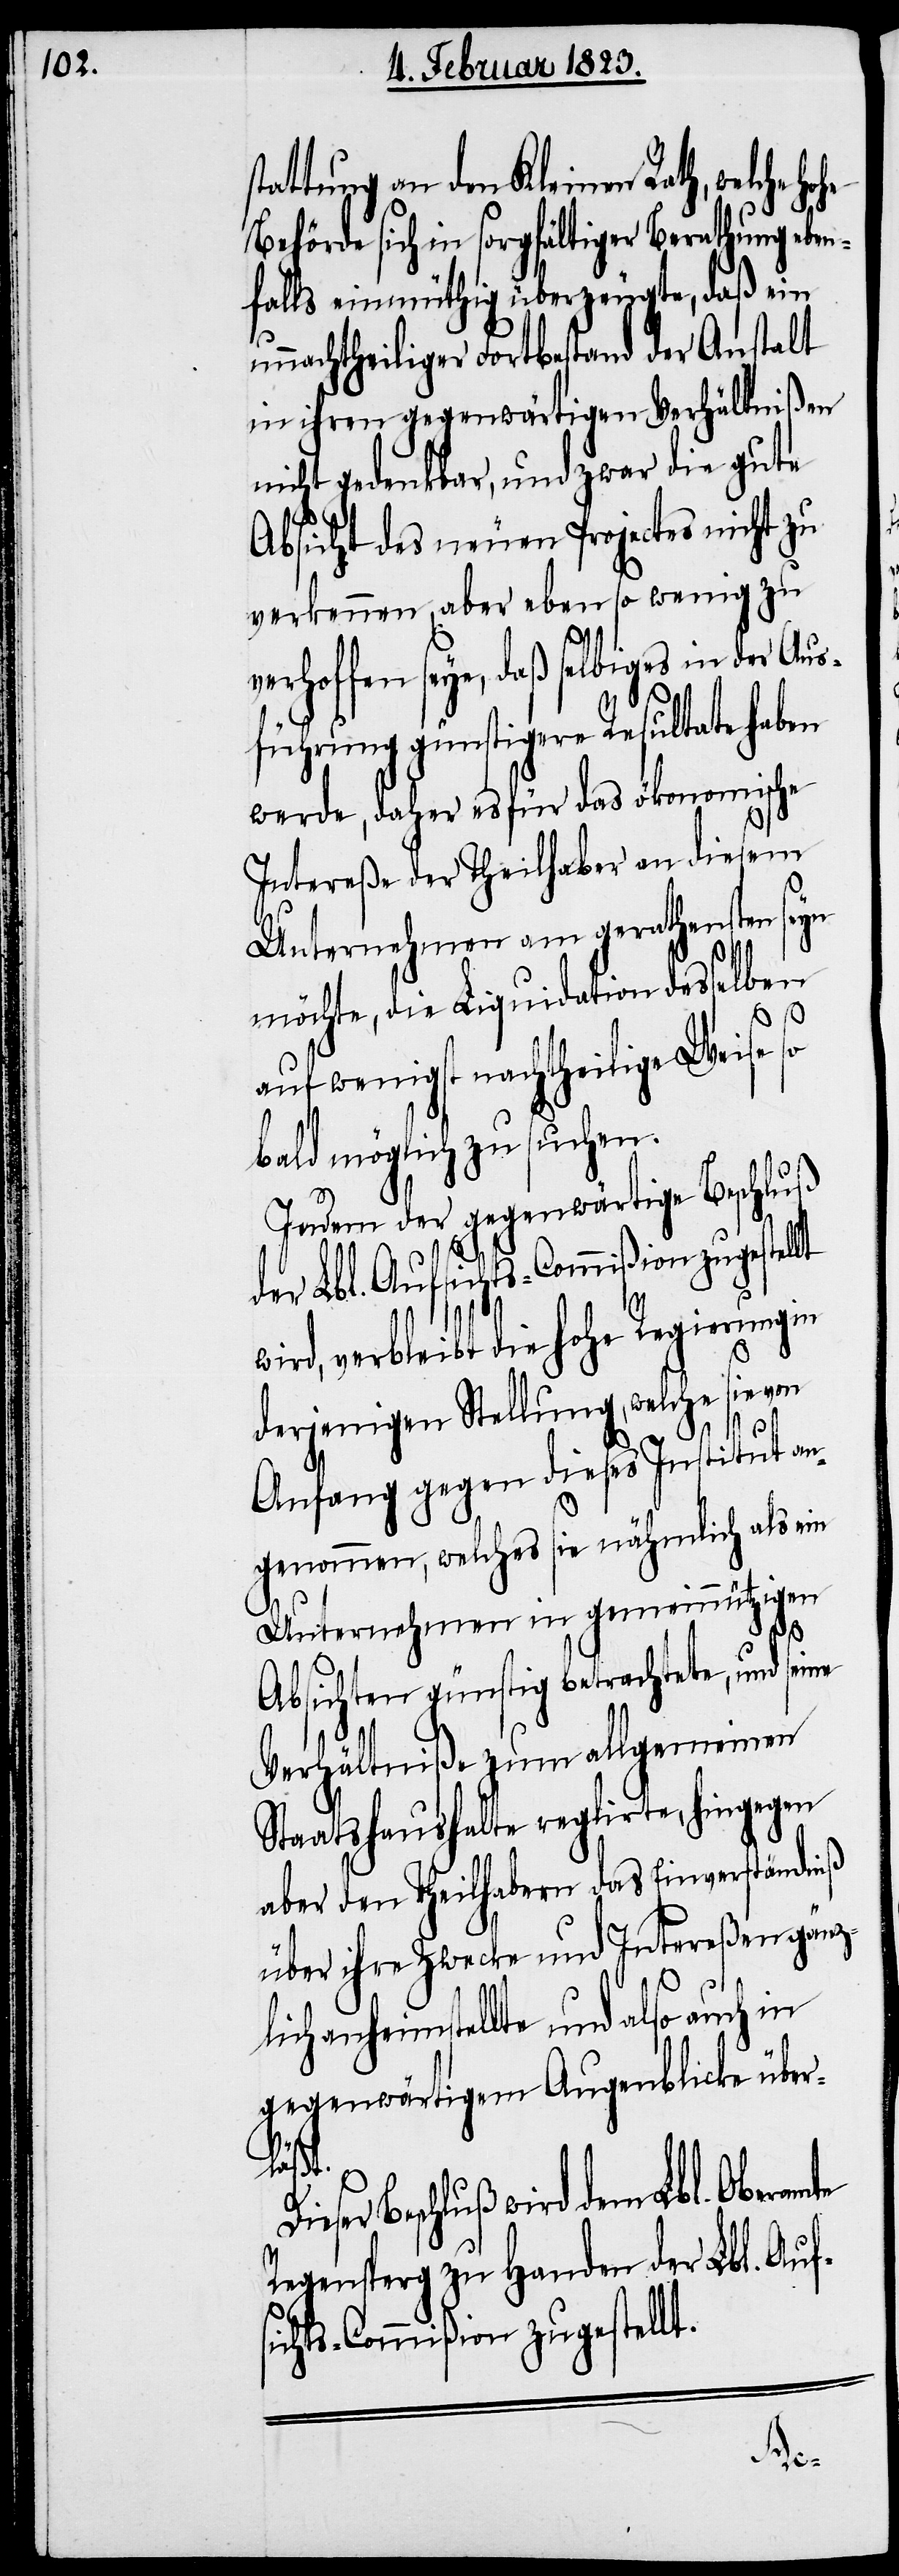
stattung an den Kleinen Rath, welche
te
Behörde sich in sorgfältiger Berathung eben¬
falls einmüthig überzeugte, daß ein
unnachtheiliger Fortbestand der Anstalt
in ihren gegenwärtigen Verhältnißen
nicht gedenkbar, und zwar die gute
Absicht des neuen Projectes nicht zu
verkennen, aber eben so wenig zu
verhoffen seye, daß selbiges in der Aus¬
führung günstigere Resultate haben
werde, daher es für das ökonomische
Intereße der Theilhaber an diesem
Unternehmen am gerathensten seyn
möchte, die Liquidation desselben
uß
auf wenigst nachtheilige Weise so
bald möglich zu suchen.
Indem der gegenwärtige Beschl¬
der Lbl. Aufsichts-Commißion zugestel¬
wird, verbleibt die hohe Regierung in
derjenigen Stellung, welche sie von
Anfang gegen dieses Institut an¬
genommen, welches sie nähmlich als ein
Unternehmen in gemeinnützigen
Absichten günstig betrachtete, und seine
Verhältniße zum allgemeinen
Staatshaushalte reg[u]lirte, hingegen
aber den Theilhabern das Einverständniß
über ihre Zwecke und Intereßen gänzl¬
ich anheimstellte und also auch in
gegenwärtigem Augenblicke über¬
Dieser
Beschluß wird dem Lbl. Oberam¬
Regensperg zu Handen der Lbl. Aufs¬
ichts-Commißion zugestellt.